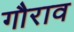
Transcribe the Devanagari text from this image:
गौराव